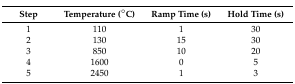
| Step | Temperature (°C) | Ramp Time (s) | Hold Time (s) |
 | --- | --- | --- | --- |
 | 1 | 110 | 1 | 30 |
 | 2 | 130 | 15 | 30 |
 | 3 | 850 | 10 | 20 |
 | 4 | 1600 | 0 | 5 |
 | 5 | 2450 | 1 | 3 |